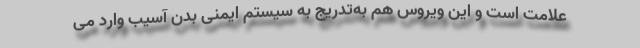
علامت است و این ویروس هم به‌تدریج به سیستم ایمنی بدن آسیب وارد می